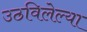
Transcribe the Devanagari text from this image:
उठविलेल्या